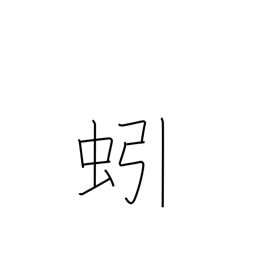
Meaning: earthworm